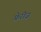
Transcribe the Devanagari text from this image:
फ़ेरीज़